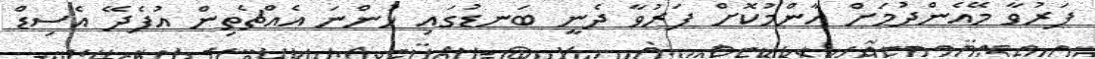
ފަރުވާ މޭއެންދުމަށް އާންމުކޮށް ފަރުވާ ދެނީ ބަނޑުގައި ހުންނަ އެއްޗެތިން އުފެދޭ އެސިޑް